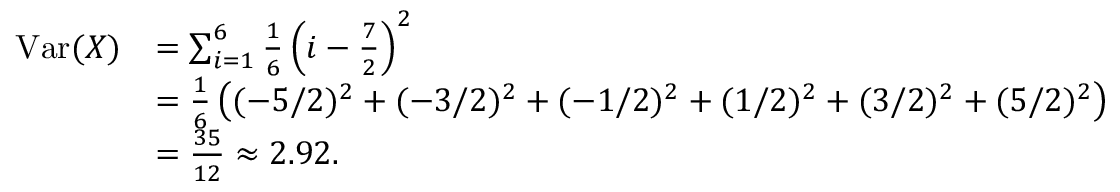
{ \begin{array} { r l } { \operatorname { V a r } ( X ) } & { = \sum _ { i = 1 } ^ { 6 } { \frac { 1 } { 6 } } \left( i - { \frac { 7 } { 2 } } \right) ^ { 2 } } \\ & { = { \frac { 1 } { 6 } } \left( ( - 5 / 2 ) ^ { 2 } + ( - 3 / 2 ) ^ { 2 } + ( - 1 / 2 ) ^ { 2 } + ( 1 / 2 ) ^ { 2 } + ( 3 / 2 ) ^ { 2 } + ( 5 / 2 ) ^ { 2 } \right) } \\ & { = { \frac { 3 5 } { 1 2 } } \approx 2 . 9 2 . } \end{array} }